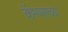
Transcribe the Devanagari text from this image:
कॅम्पसच्या